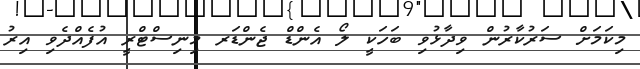
މިކަމަށް ސަރުކާރުން ވިދާޅުވި ބަހަކީ ލޯ އެންޑް ޖެންޑަރ މިނިސްޓްރީ އުފެއްދެވި އިރު